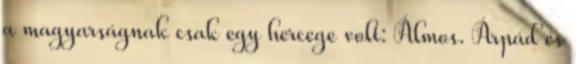
a magyarságnak csak egy hercege volt: Álmos. Árpád és